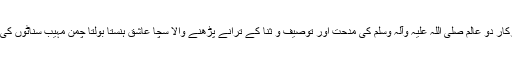
ساری زندگی سرکار دو عالم صلی اللہ علیہ وآلہ وسلم کی مدحت اور توصیف و ثنا کے ترانے پڑھنے والا سچا عاشق ہنستا بولتا چمن مہیب سناٹوں کی بھینٹ چڑھ گیا ۔